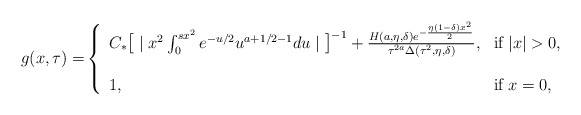
\begin{align*} \mathop{g(x,\tau)=} \left\{ \begin{array}{ll} C_{\textasteriskcentered} \big[\mid x^2 \int_{0}^{s x^2}e^{-u/2}u^{a+1/2-1}du \mid\big]^{-1} + \frac{H(a,\eta,\delta)e^{-\frac{\eta(1-\delta) x^2}{2}}}{\tau^{2a}\Delta(\tau^2,\eta,\delta)}, & \mbox{if}\; |x| > 0 ,\\ \\ 1, & \mbox{if}\; x=0, \end{array}\right. \end{align*}